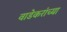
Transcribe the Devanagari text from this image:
वाडेकरांच्या